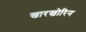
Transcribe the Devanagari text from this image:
खारखोरिन